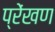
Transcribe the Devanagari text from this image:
प्रेंखण